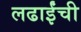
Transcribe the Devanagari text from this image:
लढाईंची